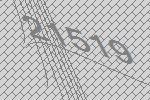
21519